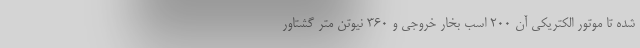
شده تا موتور الکتریکی آن 200 اسب بخار خروجی و 360 نیوتن متر گشتاور